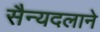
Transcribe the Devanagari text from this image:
सैन्यदलाने